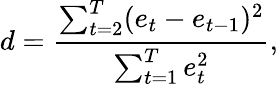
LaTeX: d={\frac{\sum_{t=2}^{T}(e_{t}-e_{t-1})^{2}}{\sum_{t=1}^{T}e_{t}^{2}}},